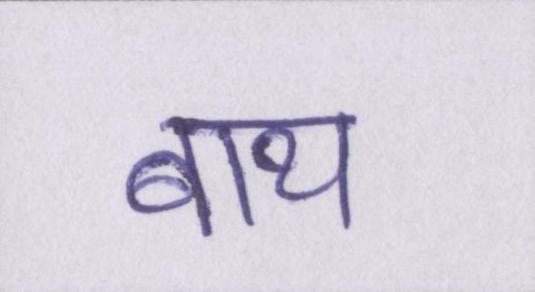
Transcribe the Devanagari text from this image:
बाथ